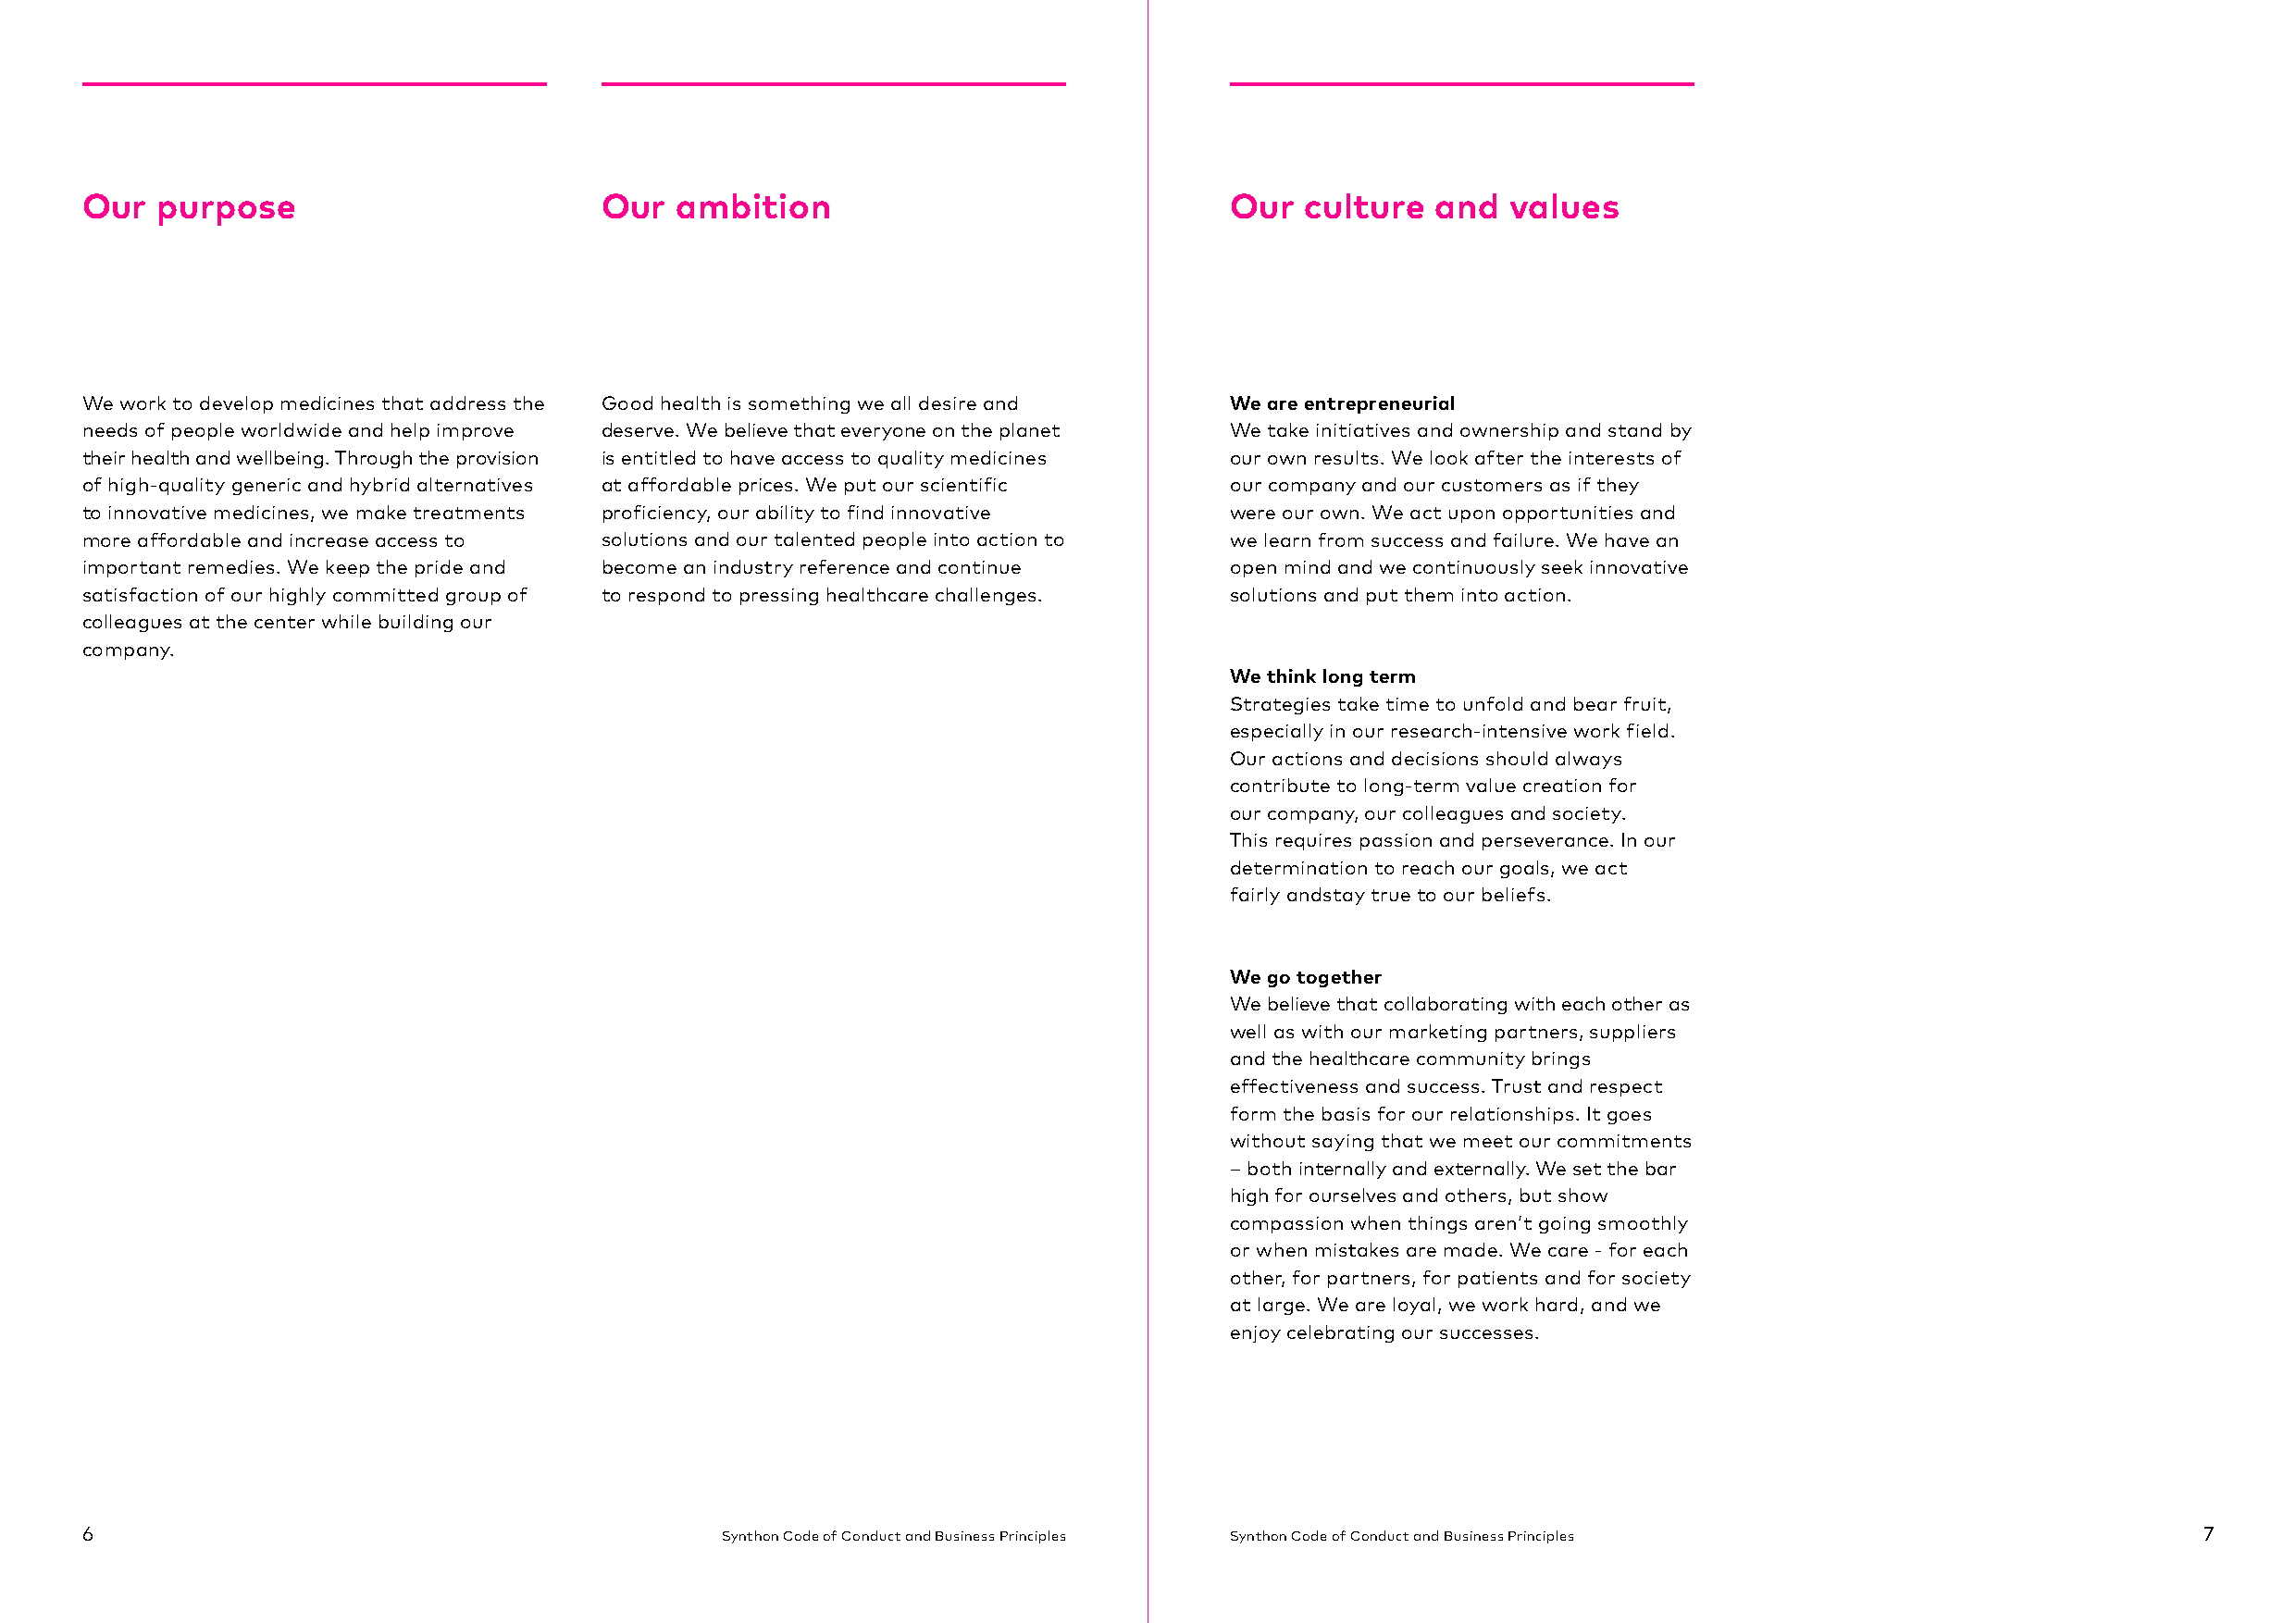
Our  purpose                         Our  ambition                                Our  culture   and  values
 We work to develop medicines that address the Good health is something we all desire and We are entrepreneurial
 needs of people worldwide and help improve deserve. We believe that everyone on the planet We take initiatives and ownership and stand by
 their health and wellbeing. Through the provision is entitled to have access to quality medicines our own results. We look after the interests of
 of high-quality generic and hybrid alternatives at affordable prices. We put our scientific our company and our customers as if they
 to innovative medicines, we make treatments proficiency, our ability to find innovative were our own. We act upon opportunities and
 more affordable and increase access to solutions and our talented people into action to we learn from success and failure. We have an
 important remedies. We keep the pride and become an industry reference and continue open mind and we continuously seek innovative
 satisfaction of our highly committed group of to respond to pressing healthcare challenges. solutions and put them into action.
 colleagues at the center while building our
 company.
 We think long term
 Strategies take time to unfold and bear fruit,
 especially in our research-intensive work field.
 Our actions and decisions should always
 contribute to long-term value creation for
 our company, our colleagues and society.
 This requires passion and perseverance. In our
 determination to reach our goals, we act
 fairly andstay true to our beliefs.
 We go together
 We believe that collaborating with each other as
 well as with our marketing partners, suppliers
 and the healthcare community brings
 effectiveness and success. Trust and respect
 form the basis for our relationships. It goes
 without saying that we meet our commitments
 – both internally and externally. We set the bar
 high for ourselves and others, but show
 compassion when things aren’t going smoothly
 or when mistakes are made. We care - for each
 other, for partners, for patients and for society
 at large. We are loyal, we work hard, and we
 enjoy celebrating our successes.
 6                                             Synthon Code of Conduct and Business Principles Synthon Code of Conduct and Business Principles           7